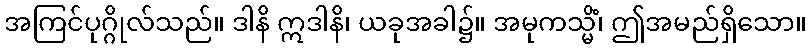
အကြင်ပုဂ္ဂိုလ်သည်။ ဒါနိ ဣဒါနိ၊ ယခုအခါ၌။ အမုကသ္မိံ၊ ဤအမည်ရှိသော။